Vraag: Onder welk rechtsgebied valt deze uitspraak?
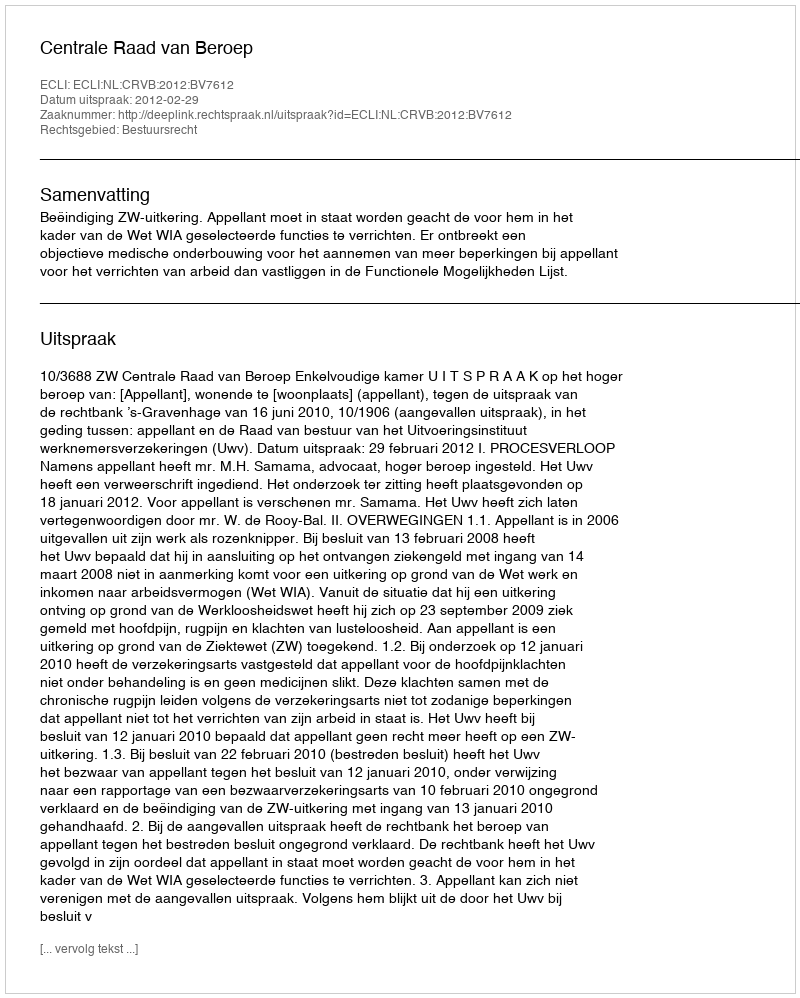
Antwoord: Bestuursrecht